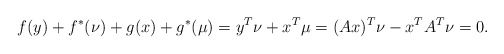
\begin{align*}f(y) + f^*(\nu) + g(x) + g^*(\mu) = y^T\nu + x^T\mu = (Ax)^T\nu -x^T A^T\nu = 0. \end{align*}